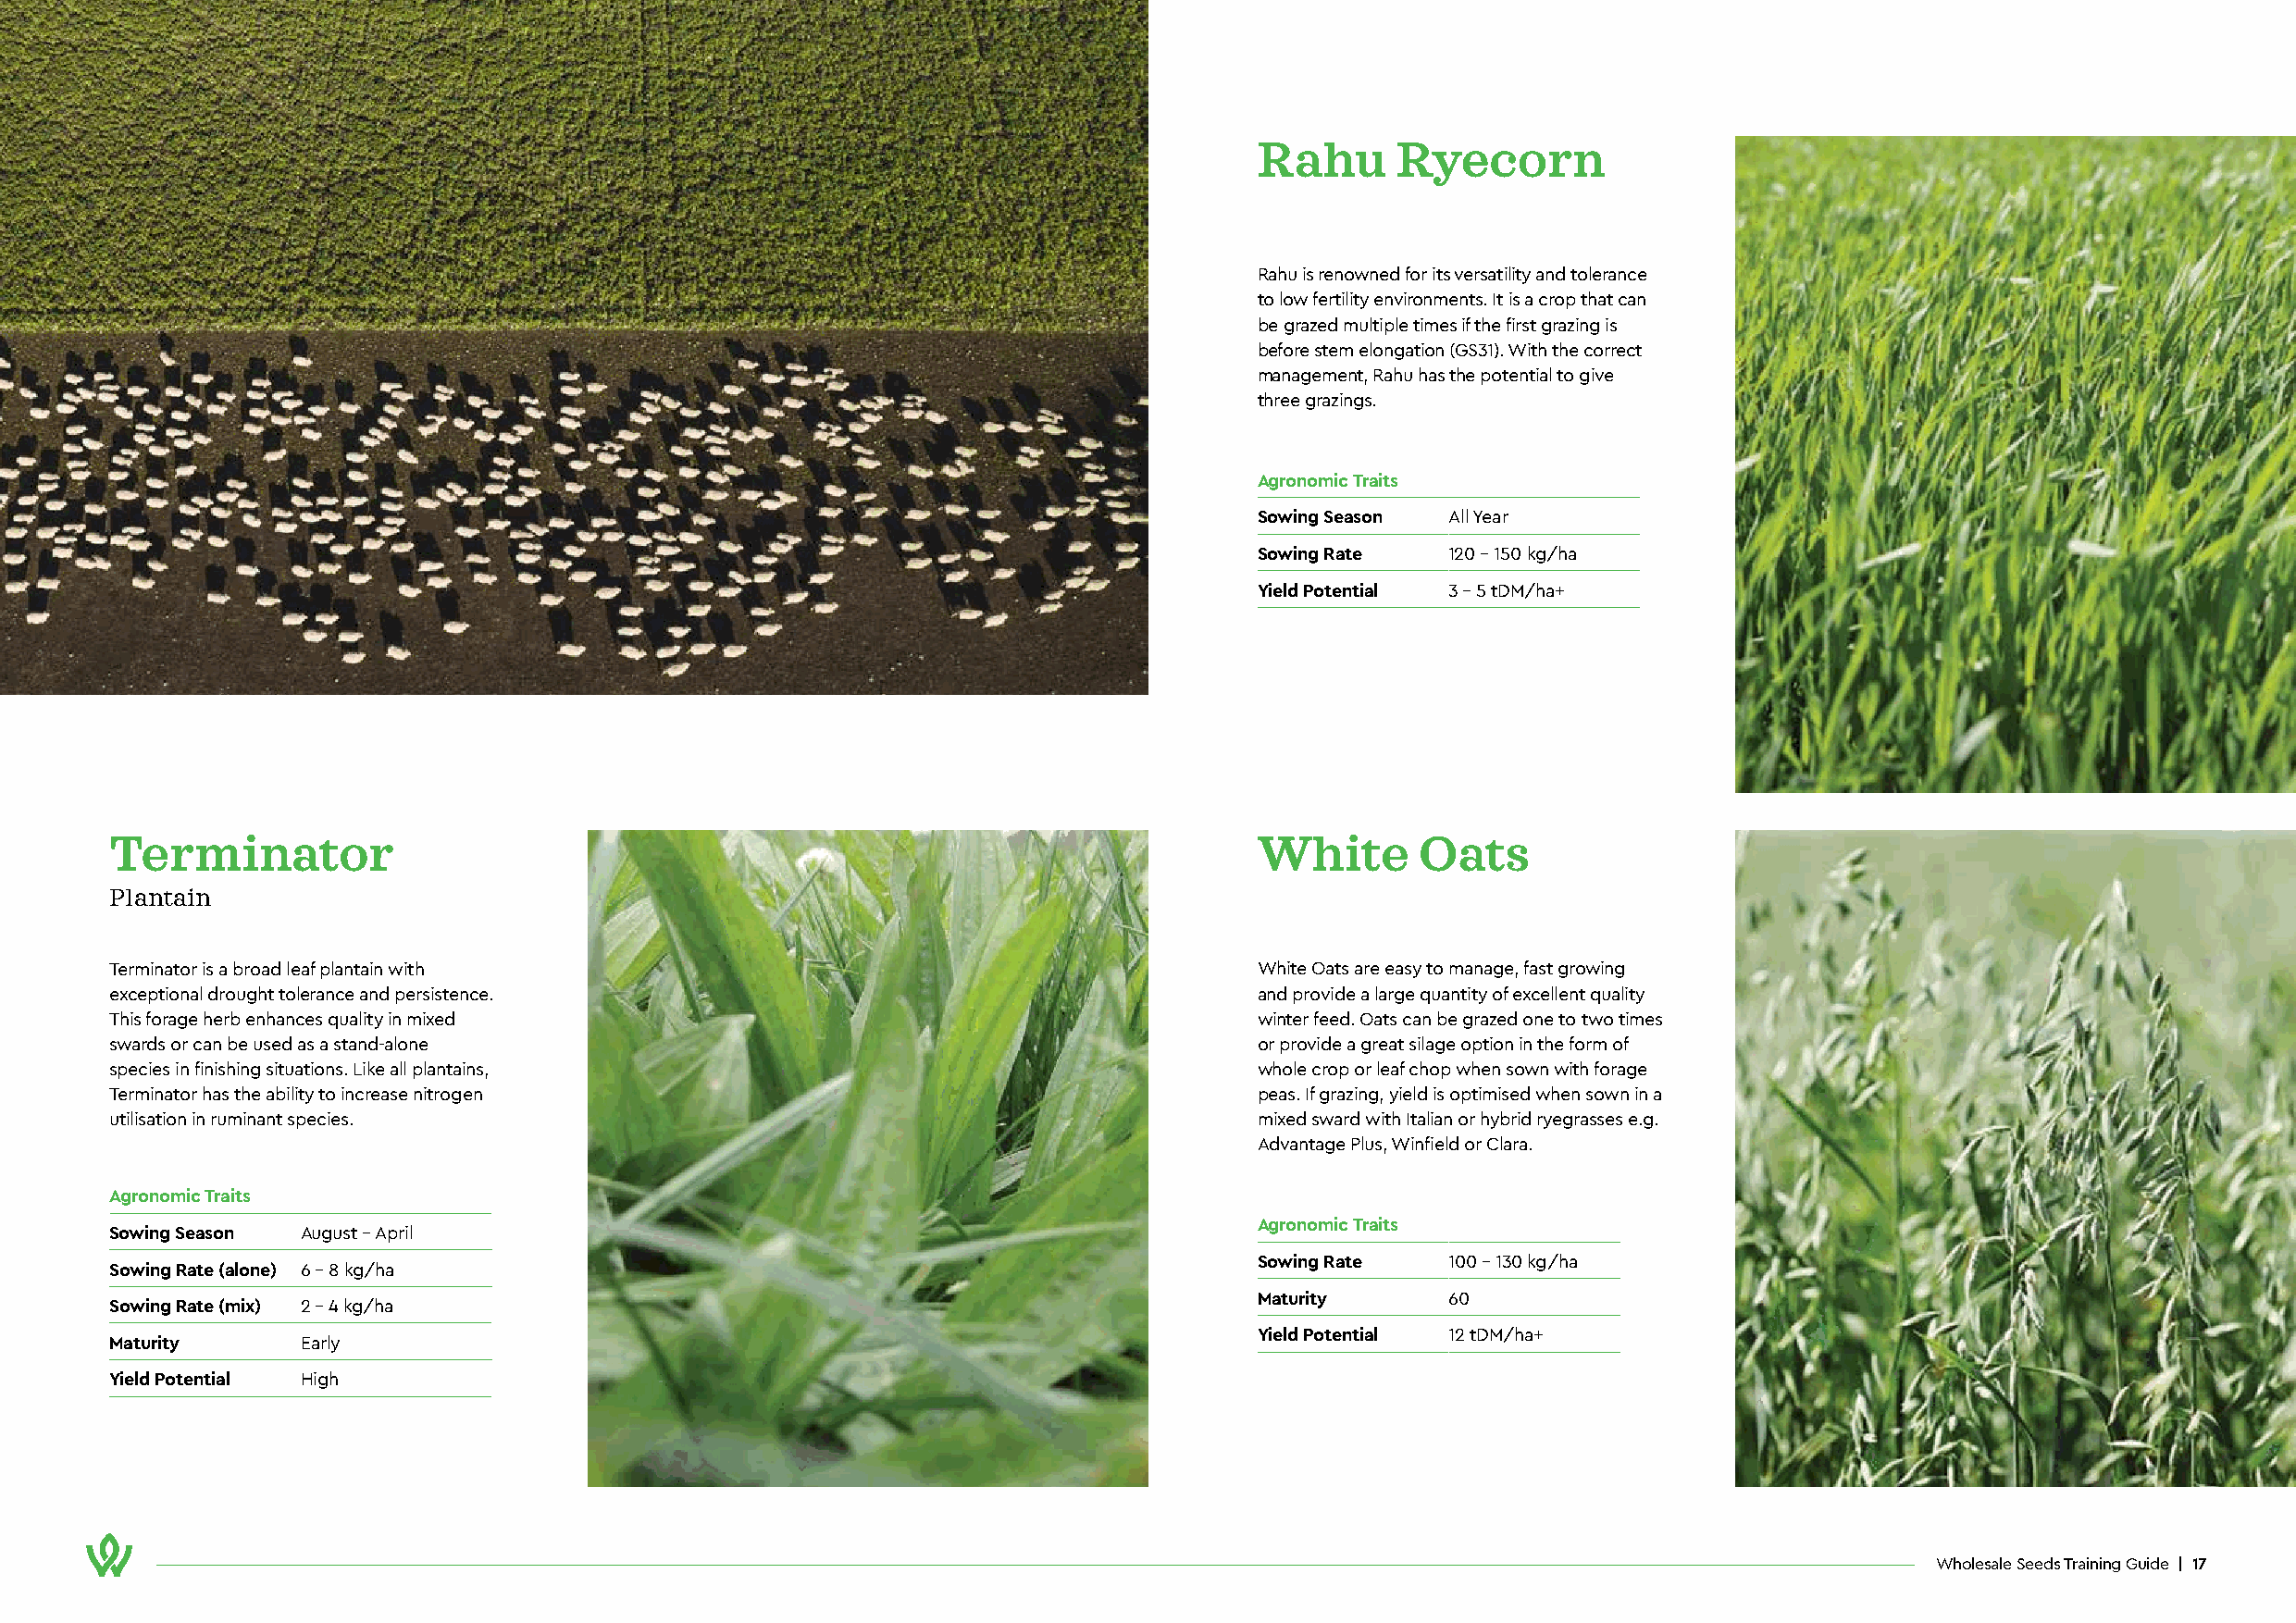
Rahu      Ryecorn
 Rahu is renowned for its versatility and tolerance
 to low fertility environments. It is a crop that can
 be grazed multiple times if the first grazing is
 before stem elongation (GS31). With the correct
 management, Rahu has the potential to give
 three grazings.
 Agronomic Traits
 Sowing Season All Year
 Sowing Rate   120 - 150 kg/ha
 Yield Potential 3 - 5 tDM/ha+
 Terminator                                                                        White      Oats
 Plantain
 Terminator is a broad leaf plantain with                                          White Oats are easy to manage, fast growing
 exceptional drought tolerance and persistence.                                    and provide a large quantity of excellent quality
 This forage herb enhances quality in mixed                                        winter feed. Oats can be grazed one to two times
 swards or can be used as a stand-alone                                            or provide a great silage option in the form of
 species in finishing situations. Like all plantains,                              whole crop or leaf chop when sown with forage
 Terminator has the ability to increase nitrogen                                   peas. If grazing, yield is optimised when sown in a
 utilisation in ruminant species.                                                  mixed sward with Italian or hybrid ryegrasses e.g.
 Advantage Plus, Winfield or Clara.
 Agronomic Traits
 Agronomic Traits
 Sowing Season August - April
 Sowing Rate   100 - 130 kg/ha
 Sowing Rate (alone) 6 - 8 kg/ha
 Maturity      60
 Sowing Rate (mix) 2 - 4 kg/ha
 Yield Potential 12 tDM/ha+
 Maturity      Early
 Yield Potential High
 Wholesale Seeds Training Guide | 17